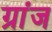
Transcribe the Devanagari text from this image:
ग्रांज